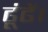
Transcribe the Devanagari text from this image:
ढूंढें।